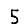
Digit: 5